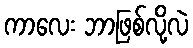
ကာလေး ဘာဖြစ်လို့လဲ